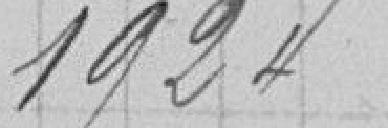
1924